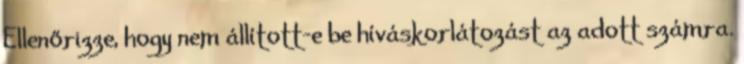
Ellenőrizze, hogy nem állított-e be híváskorlátozást az adott számra.